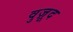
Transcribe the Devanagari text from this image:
वुज़ूद